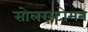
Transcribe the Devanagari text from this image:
सोलरस्टोमन